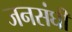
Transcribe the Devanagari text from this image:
जनसंघी